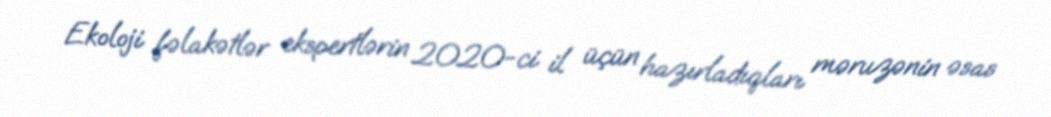
Ekoloji fəlakətlər ekspertlərin 2020-ci il üçün hazırladıqları məruzənin əsas